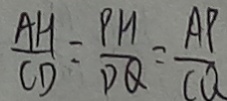
\frac { A H } { C D } = \frac { P M } { D Q } = \frac { A P } { C Q }